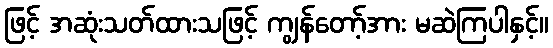
ဖြင့် အဆုံးသတ်ထားသဖြင့် ကျွန်တော့်အား မဆဲကြပါနှင့်။